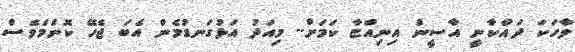
ވާހަކަ ދައްކާނީ އާސީން އިނިއްޏާ ކަމަށް.. މިއަދު އަޅުގަނޑުމެން އެބަ ޖެހޭ ކޮންމެވެސް